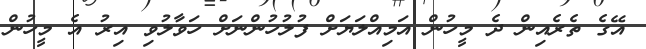
އޭގެ ތެރެއިން ދެ މީހުން އަމިއްލަޔަށް ފުލުހުންނަށް ހަވާލުވި އިރު އެ މީހުން